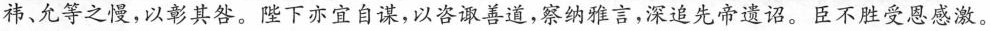
祎、允等 之没，以彰其咎。陛下亦宜自谦，以咨诹善道，察纳雅言，深追先帝遗诏。臣不胜受恩感激。